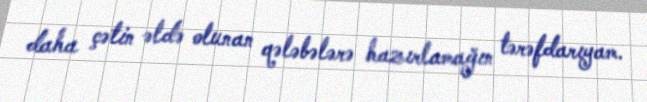
daha çətin əldə olunan qələbələrə hazırlamağın tərəfdarıyam.